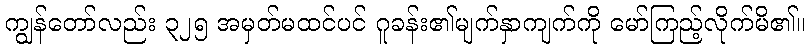
ကျွန်တော်လည်း ၃၂၅ အမှတ်မထင်ပင် ဂူခန်း၏မျက်နှာကျက်ကို မော်ကြည့်လိုက်မိ၏။